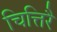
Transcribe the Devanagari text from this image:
चित्तिरै